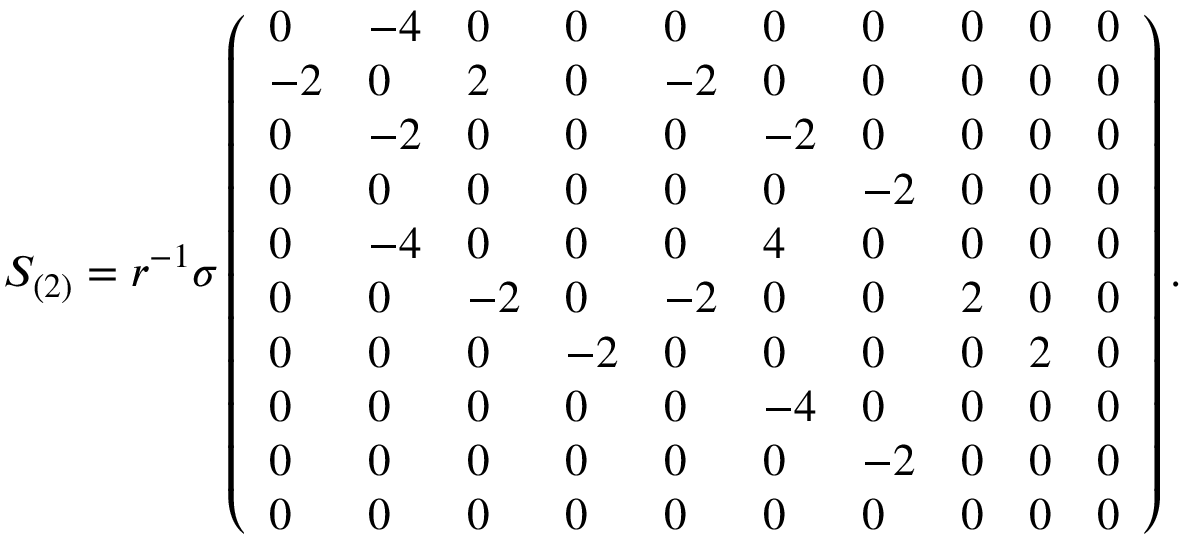
S _ { ( 2 ) } = r ^ { - 1 } { \sigma } \left( \begin{array} { l l l l l l l l l l } { 0 } & { - 4 } & { 0 } & { 0 } & { 0 } & { 0 } & { 0 } & { 0 } & { 0 } & { 0 } \\ { - 2 } & { 0 } & { 2 } & { 0 } & { - 2 } & { 0 } & { 0 } & { 0 } & { 0 } & { 0 } \\ { 0 } & { - 2 } & { 0 } & { 0 } & { 0 } & { - 2 } & { 0 } & { 0 } & { 0 } & { 0 } \\ { 0 } & { 0 } & { 0 } & { 0 } & { 0 } & { 0 } & { - 2 } & { 0 } & { 0 } & { 0 } \\ { 0 } & { - 4 } & { 0 } & { 0 } & { 0 } & { 4 } & { 0 } & { 0 } & { 0 } & { 0 } \\ { 0 } & { 0 } & { - 2 } & { 0 } & { - 2 } & { 0 } & { 0 } & { 2 } & { 0 } & { 0 } \\ { 0 } & { 0 } & { 0 } & { - 2 } & { 0 } & { 0 } & { 0 } & { 0 } & { 2 } & { 0 } \\ { 0 } & { 0 } & { 0 } & { 0 } & { 0 } & { - 4 } & { 0 } & { 0 } & { 0 } & { 0 } \\ { 0 } & { 0 } & { 0 } & { 0 } & { 0 } & { 0 } & { - 2 } & { 0 } & { 0 } & { 0 } \\ { 0 } & { 0 } & { 0 } & { 0 } & { 0 } & { 0 } & { 0 } & { 0 } & { 0 } & { 0 } \end{array} \right) .